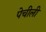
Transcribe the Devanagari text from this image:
पेचीली